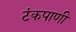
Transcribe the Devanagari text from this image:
टंकपाणी